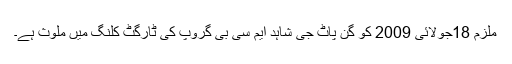
ملزم 18جولائی 2009 کو گن پاٹ جی شاہد ایم سی بی گروپ کی ٹارگٹ کلنگ میں ملوث ہے۔